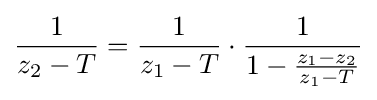
{\frac {1}{z_{2}-T}}={\frac {1}{z_{1}-T}}\cdot {\frac {1}{1-{\frac {z_{1}-z_{2}}{z_{1}-T}}}}